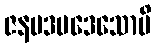
ဇနပဒပဒေသောပိ